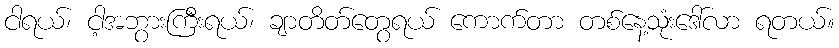
ငါရယ်၊ ငါ့အဘွားကြီးရယ်၊ ချာတိတ်တွေရယ် ကောက်တာ တစ်နေ့သုံးဒေါ်လာ ရတယ်။